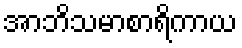
အာဘိသမာစာရိကာယ